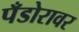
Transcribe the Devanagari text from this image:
पँडोरावर